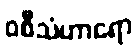
ဝစီသံဟာရော